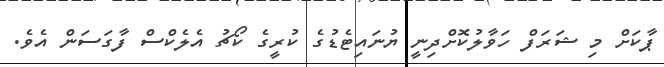
ޕާކަށް މި ޝަރަފް ހަވާލުކޮށްދިނީ ޔުނައިޓެޑުގެ ކުރީގެ ކޯޗު އެލެކްސް ފާގަސަން އެވެ.